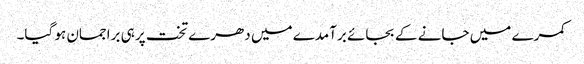
کمرے میں جانے کے بجائے برآمدے میں دھرے تخت پر ہی براجمان ہو گیا۔